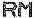
RM